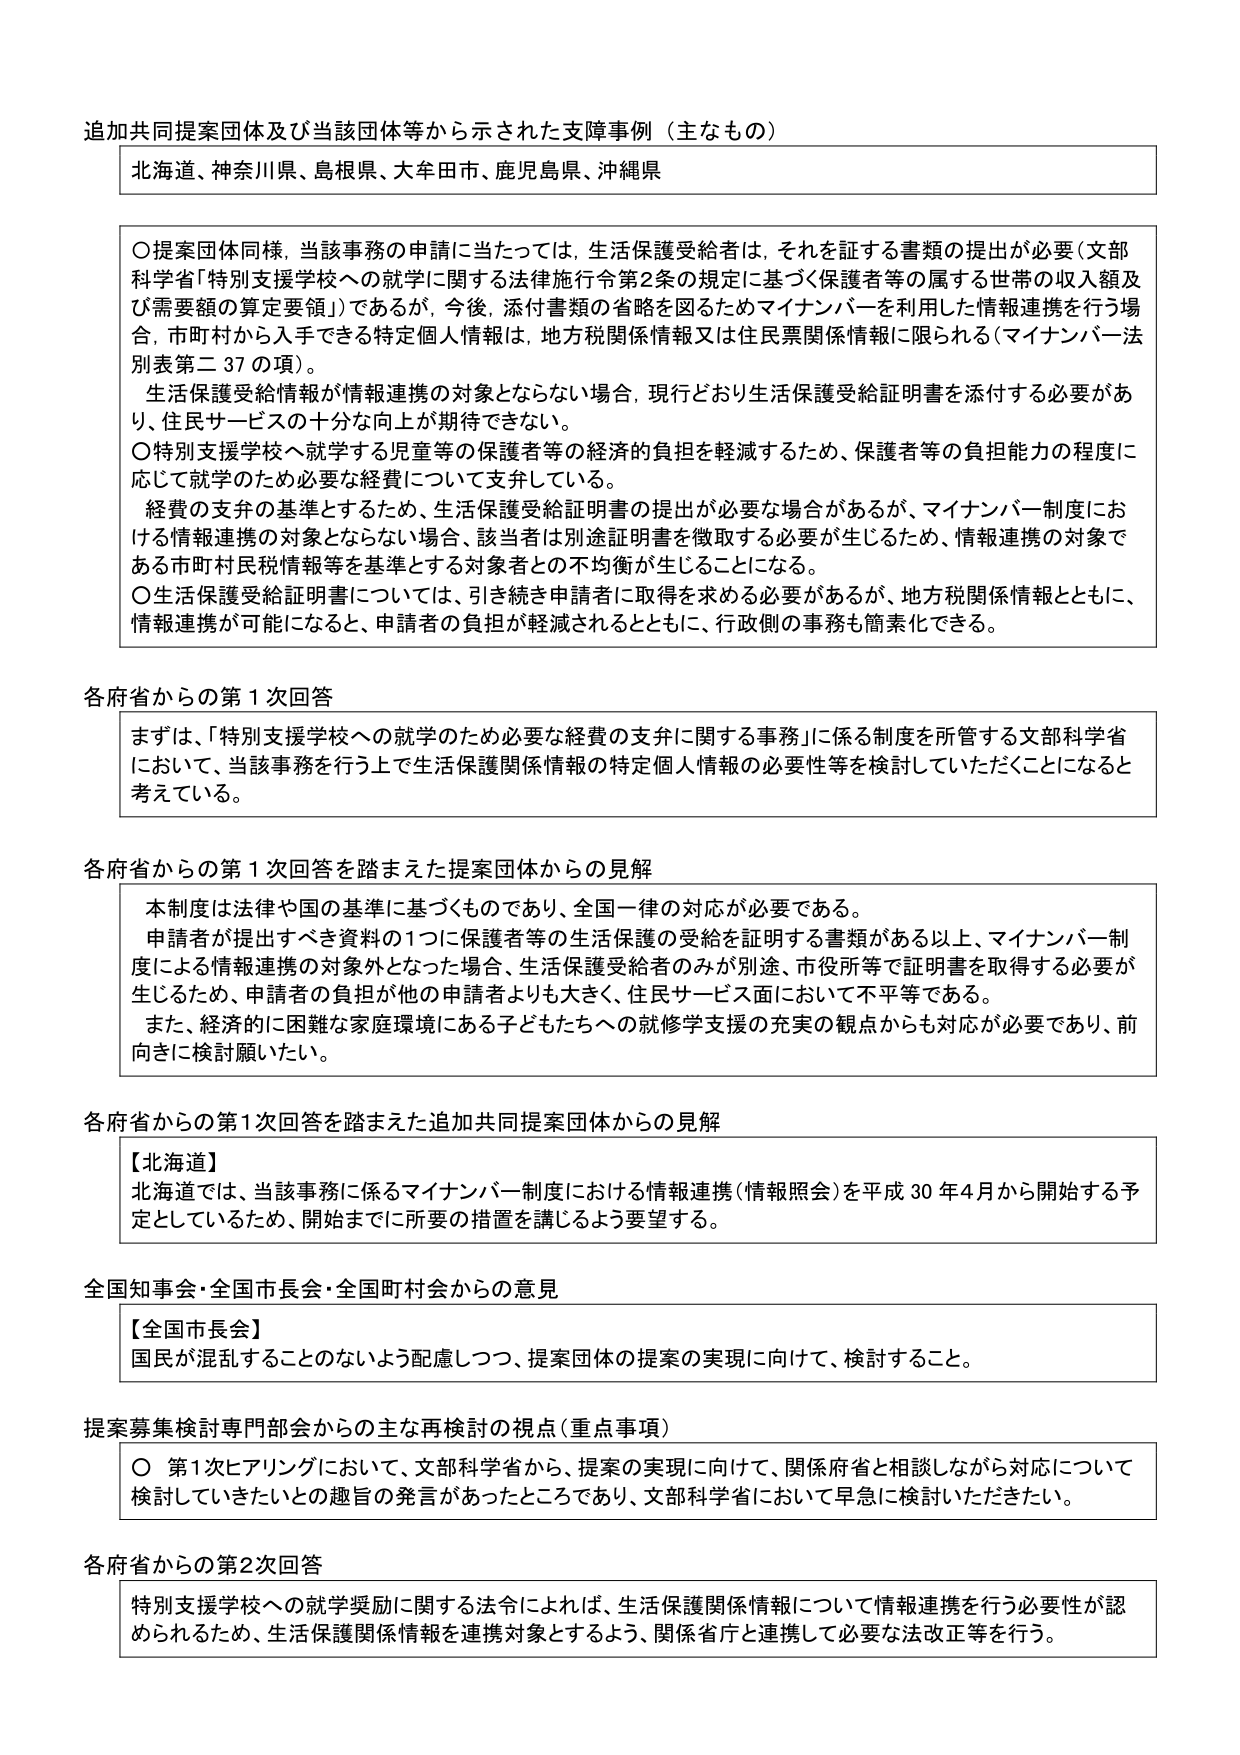
追加共同提案団体及び当該団体等から示された支障事例（主なもの）

北海道、神奈川県、島根県、大牟田市、鹿児島県、沖縄県

〇提案団体同様、当該事務の申請に当たっては、生活保護受給者は、それを証する書類の提出が必要（文部科学省「特別支援学校への就学に関する法律施行令第2条の規定に基づく保護者等の属する世帯の収入額及び需要額の算定要領」）であるが、今後、添付書類の省略を図るためマイナンバーを利用した情報連携を行う場合、市町村から入手できる特定個人情報は、地方税関係情報又は住民票関係情報に限られる（マイナンバー法別表第二37の項）。

生活保護受給情報が情報連携の対象とならない場合、現行どおり生活保護受給証明書を添付する必要があり、住民サービスの十分な向上が期待できない。

〇特別支援学校へ就学する児童等の保護者等の経済的負担を軽減するため、保護者等の負担能力の程度に応じて就学のため必要な経費について支弁している。

経費の支弁の基準とするため、生活保護受給証明書の提出が必要な場合があるが、マイナンバー制度における情報連携の対象とならない場合、該当者は別途証明書を徴取する必要が生じるため、情報連携の対象である市町村民税情報等を基準とする対象者との不均衡が生じることになる。

〇生活保護受給証明書については、引き続き申請者に取得を求める必要があるが、地方税関係情報とともに、情報連携が可能になると、申請者の負担が軽減されるとともに、行政側の事務も簡素化できる。

各府省からの第1次回答

まずは、「特別支援学校への就学のため必要な経費の支弁に関する事務」に係る制度を所管する文部科学省において、当該事務を行う上で生活保護関係情報の特定個人情報の必要性等を検討していただくことになると考えている。

各府省からの第1次回答を踏まえた提案団体からの見解

本制度は法律や国の基準に基づくものであり、全国一律の対応が必要である。

申請者が提出すべき資料の1つに保護者等の生活保護の受給を証明する書類がある以上、マイナンバー制度による情報連携の対象外となった場合、生活保護受給者のみが別途、市役所等で証明書を取得する必要が生じるため、申請者の負担が他の申請者よりも大きく、住民サービス面において不平等である。

また、経済的に困難な家庭環境にある子どもたちへの就修学支援の充実の観点からも対応が必要であり、前向きに検討願いたい。

各府省からの第1次回答を踏まえた追加共同提案団体からの見解

【北海道】
北海道では、当該事務に係るマイナンバー制度における情報連携（情報照会）を平成30年4月から開始する予定としているため、開始までに所要の措置を講じるよう要望する。

全国知事会・全国市長会・全国町村会からの意見

【全国市長会】
国民が混乱することのないよう配慮しつつ、提案団体の提案の実現に向けて、検討すること。

提案募集検討専門部会からの主な再検討の視点（重点事項）

〇 第1次ヒアリングにおいて、文部科学省から、提案の実現に向けて、関係府省と相談しながら対応について検討していきたいとの趣旨の発言があったところであり、文部科学省において早急に検討いただきたい。

各府省からの第2次回答

特別支援学校への就学奨励に関する法令によれば、生活保護関係情報について情報連携を行う必要性が認められるため、生活保護関係情報を連携対象とするよう、関係省庁と連携して必要な法改正等を行う。